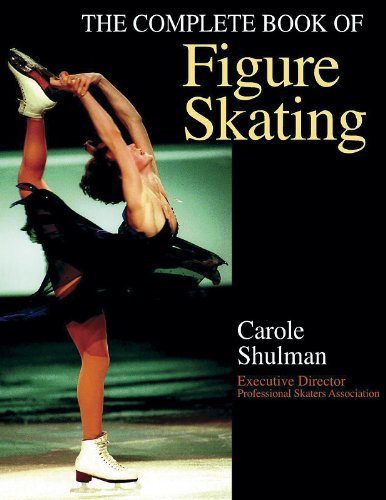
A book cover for The Complete Book of Figure Skating; Carole Shulman; Sports & Outdoors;